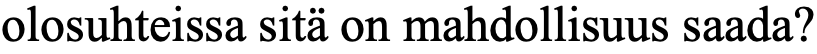
olosuhteissa sitä on mahdollisuus saada?